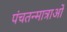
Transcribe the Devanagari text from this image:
पंचतन्मात्राओं